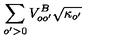
\sum _ { o ^ { \prime } > 0 } V _ { o o ^ { \prime } } ^ { B } \sqrt { \kappa _ { o ^ { \prime } } }